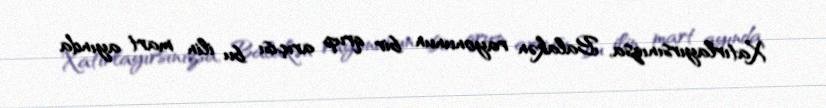
Xatırlayırsınızsa, Balakən rayonunun bir qrup arıçısı bu ilin mart ayında